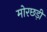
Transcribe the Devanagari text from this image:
मोरछड़ी